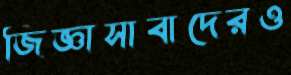
জিজ্ঞাসাবাদেরও